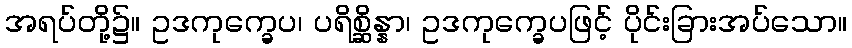
အရပ်တို့၌။ ဥဒကုက္ခေပ၊ ပရိစ္ဆိန္နာ၊ ဥဒကုက္ခေပဖြင့် ပိုင်းခြားအပ်သော။